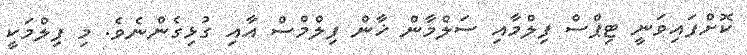
ކޮށްފައިވަނީ ޓިޕްސް ފިލްމާއި ސަލްމާން ޚާން ފިލްމްސް އާއި ގުޅިގެންނެވެ. މި ފިލްމަކީ